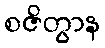
စဇိတွာန